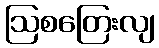
ဩစတြေးလျ